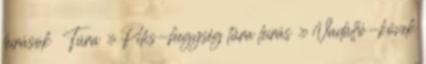
leírások ∗ Túra » Pilis-hegység túra leírás » Vadálló-kövek